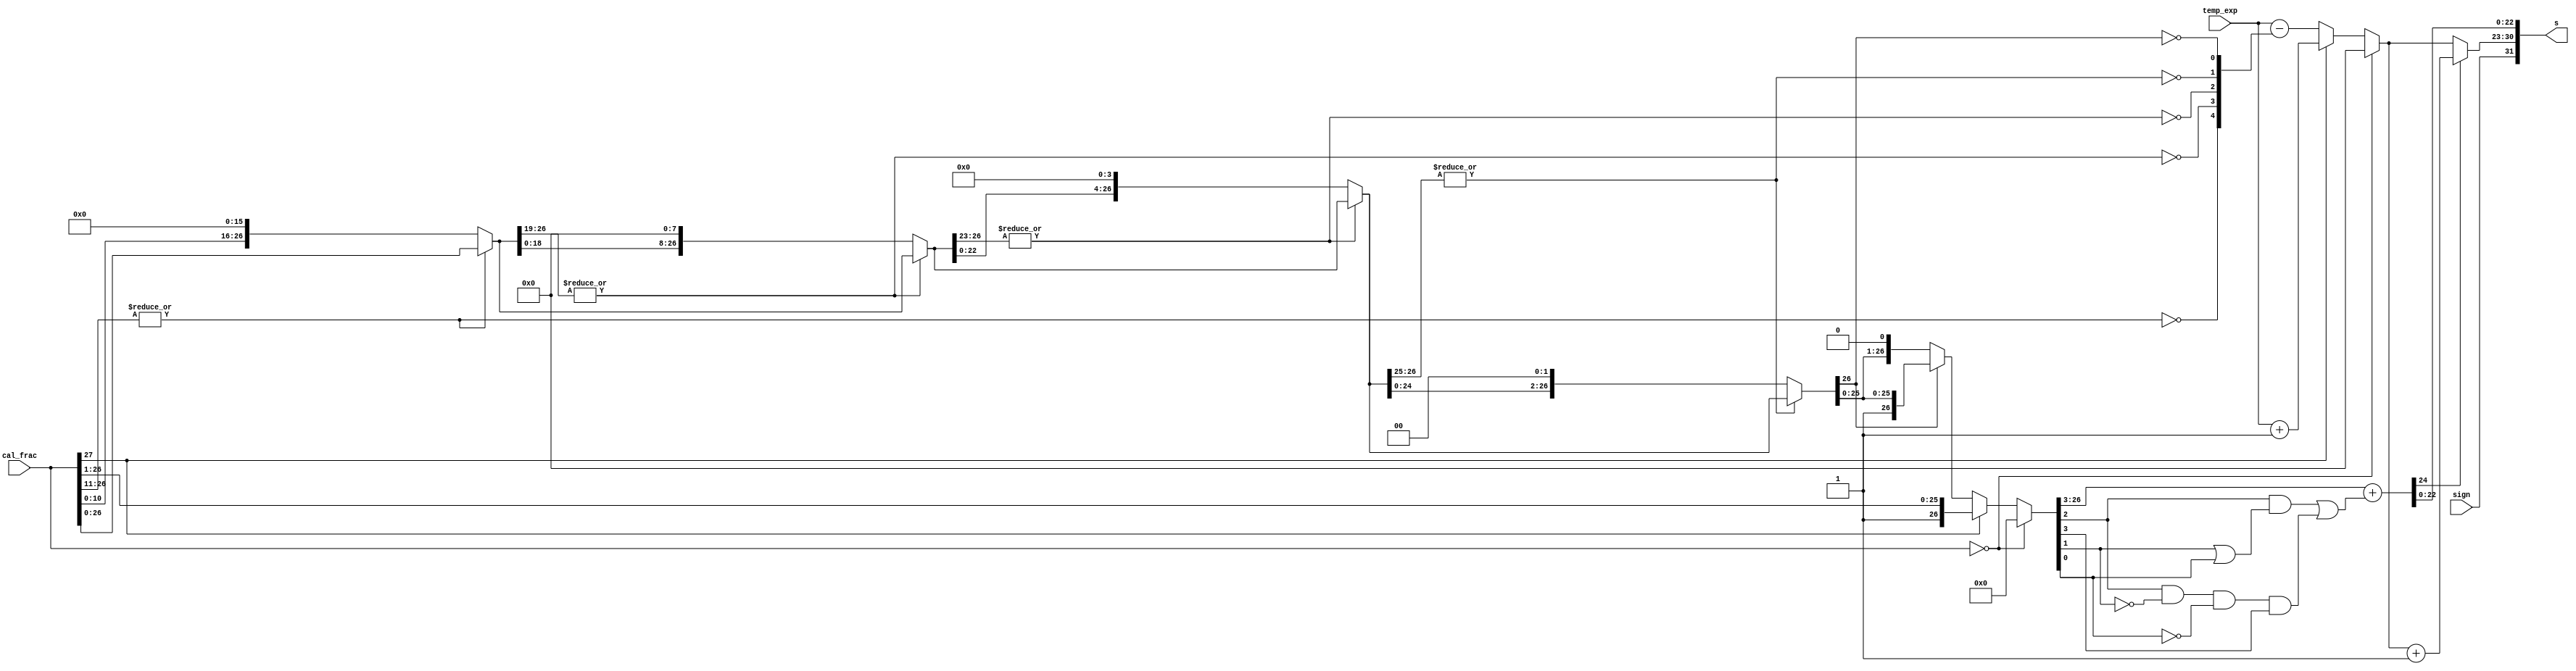
`timescale 1ns / 1ps

/* Normalization */
module fadd_norm (
	input sign,			// result sign
	input [7:0] temp_exp,	// temp exponent
	input [27:0] cal_frac,	// fraction before normalization
	output [31:0] s);		// result
	
	wire [26:0] f4, f3, f2, f1, f0;
	
	// 1
	wire [4:0] zeros;	// 0
	assign zeros[4] = ~|cal_frac[26:11];	// 16-bit 0
	assign f4 = zeros[4]? {cal_frac[10:0],16'b0} : cal_frac[26:0];
	assign zeros[3] = ~|f4[26:19];			// 8-bit 0
	assign f3 = zeros[3]? {f4[18:0], 8'b0} : f4;
	assign zeros[2] = ~|f3[26:23];			// 4-bit 0
	assign f2 = zeros[2]? {f3[22:0], 4'b0} : f3;
	assign zeros[1] = ~|f2[26:25];			// 2-bit 0
	assign f1 = zeros[1]? {f2[24:0], 2'b0} : f2;
	assign zeros[0] = ~f1[26];				// 1-bit 0
	assign f0 = zeros[0]? {f1[25:0], 1'b0} : f1;
	reg [26:0] frac0;
	reg [7:0] exp0;
	
	// exponent
	always @ * begin
		if (cal_frac==0) begin	// Result is 0
			frac0 = 0;
			exp0 = 0;
		end
		else if (cal_frac[27]) begin
			frac0 = cal_frac[27:1];	// 1x.xxxxxxxxxxxxxxxxxxxxxxx xx
			exp0 = temp_exp + 8'h1; // ->1.xxxxxxxxxxxxxxxxxxxxxxx xxx
		end
		else begin
			exp0 = temp_exp - zeros;
			frac0 = f0; // 01.xxxxxxxxxxxxxxxxxxxxxxx xxx
			
		end
	end
	
	// Rounding
	wire frac_plus_1 =
	frac0[2] & (frac0[1] | frac0[0]) |
	frac0[2] & ~frac0[1] & ~frac0[0] & frac0[3];

	wire [24:0] frac_round = {1'b0, frac0[26:3]} + frac_plus_1;
	wire [7:0] exponent = frac_round[24] ?
							exp0 + 8'h1 :
							exp0;
	
	assign s = {sign, exponent, frac_round[22:0]};
endmodule